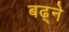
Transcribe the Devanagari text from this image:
बढ़्ने